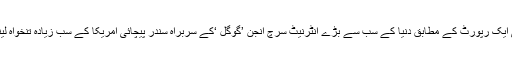
چند سال قبل شائع ہونے والی ایک رپورٹ کے مطابق دنیا کے سب سے بڑے انٹرنیٹ سرچ انجن ’گوگل ‘کے سربراہ سندر پیچائی امریکا کے سب زیادہ تنخواہ لینے والے چیف ایگزیکٹو ہیں۔